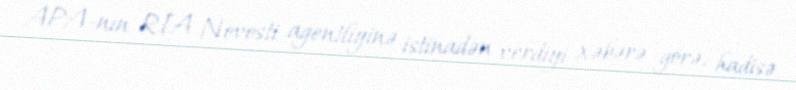
APA-nın RİA Novosti agentliyinə istinadən verdiyi xəbərə görə, hadisə